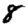
Digit: 8